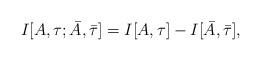
LaTeX: \begin{align*}I[A,\tau; \bar A,\bar\tau] = I[A,\tau] - I[\bar A,\bar\tau] ,\end{align*}